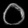
Digit: ၀